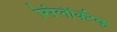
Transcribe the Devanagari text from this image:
सिलेक्टिव्ह